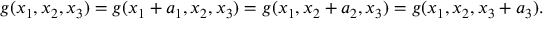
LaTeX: g ( x _ { 1 } , x _ { 2 } , x _ { 3 } ) = g ( x _ { 1 } + a _ { 1 } , x _ { 2 } , x _ { 3 } ) = g ( x _ { 1 } , x _ { 2 } + a _ { 2 } , x _ { 3 } ) = g ( x _ { 1 } , x _ { 2 } , x _ { 3 } + a _ { 3 } ) .